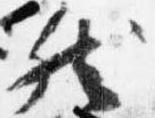
然